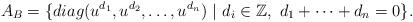
LaTeX: \begin{align*} A_B= \{ diag(u^{d_1},u^{d_2}, \ldots ,u^{d_n}) \ | \ d_i \in \mathbb Z, \ d_1 + \cdots + d_n=0 \}.\end{align*}